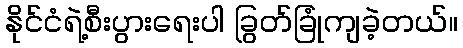
နိုင်ငံရဲ့စီးပွားရေးပါ ခြွတ်ခြုံကျခဲ့တယ်။